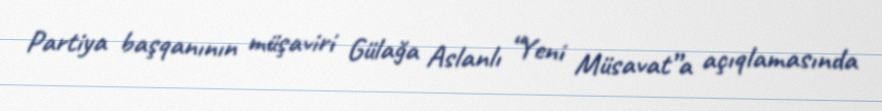
Partiya başqanının müşaviri Gülağa Aslanlı “Yeni Müsavat”a açıqlamasında